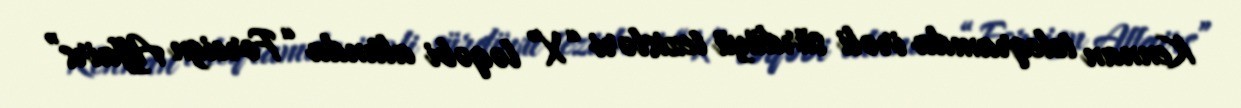
Kennan teleqramda irəli sürdüyü tezisləri “X” ləqəbi altında “Foreign Affairs”